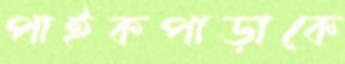
পাইকপাড়াকে